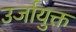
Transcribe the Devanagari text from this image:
उर्जायुक्त